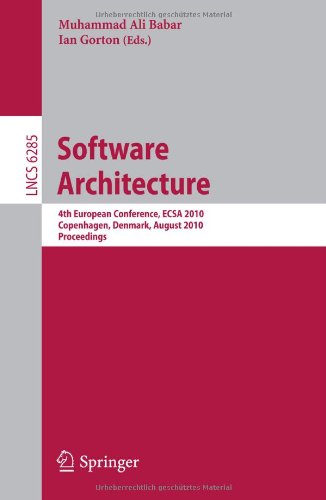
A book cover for Software Architecture: 4th European Conference , ECSA 2010, Copenhagen, Denmark, August 23-26, 2010, Proceedings (Lecture Notes in Computer Science); Computers & Technology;